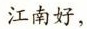
江南好，